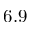
6 . 9